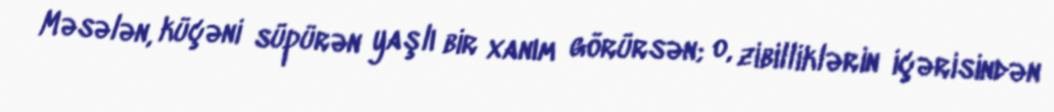
Məsələn, küçəni süpürən yaşlı bir xanım görürsən; o, zibilliklərin içərisindən